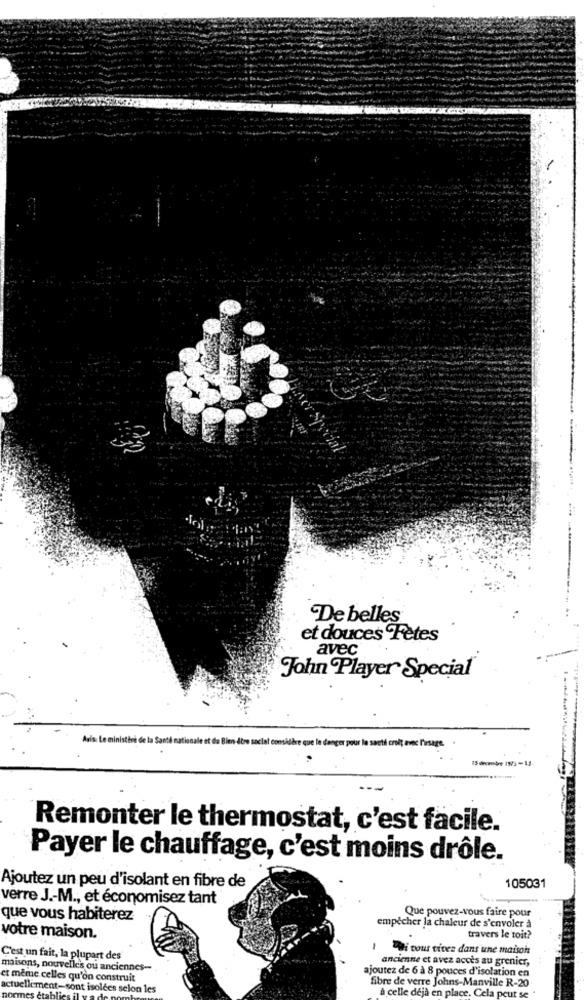
De belles
et douces Fetes
avec
John Player Special
tri de la Santé nationale et de Bien dtre social considère que le danger pour la saeti croit avec l'usage. .
Remonter le thermostat, c'est facile.
Payer le chauffage, c'est moins drôle.
Ajoutez un peu d'isolant en fibre de
105031
verre J .- M ., et économisez tant
Que pouvez-vous faire pour
que vous habiterez
empêcher la chaleur de s'envoler à
votre maison.
travers le toit?
"di cous tives dans une maison
C'est un fait, la plupart des
ancienne et avez accès au grenier,
maisons, nouvelle's ou anciennes-
ajoutez de 6 à 8 pouces d'isolation en
et même celles qu'on construit
fibre de verre Johns-Manville R-20
actuellement-sont isolées selon les
à celle deja en place. Cela peut se